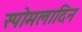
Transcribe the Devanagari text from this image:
स्पोमलादिन